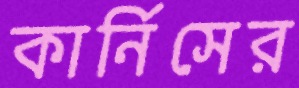
কার্নিসের